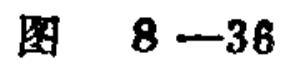
图 8 - 36